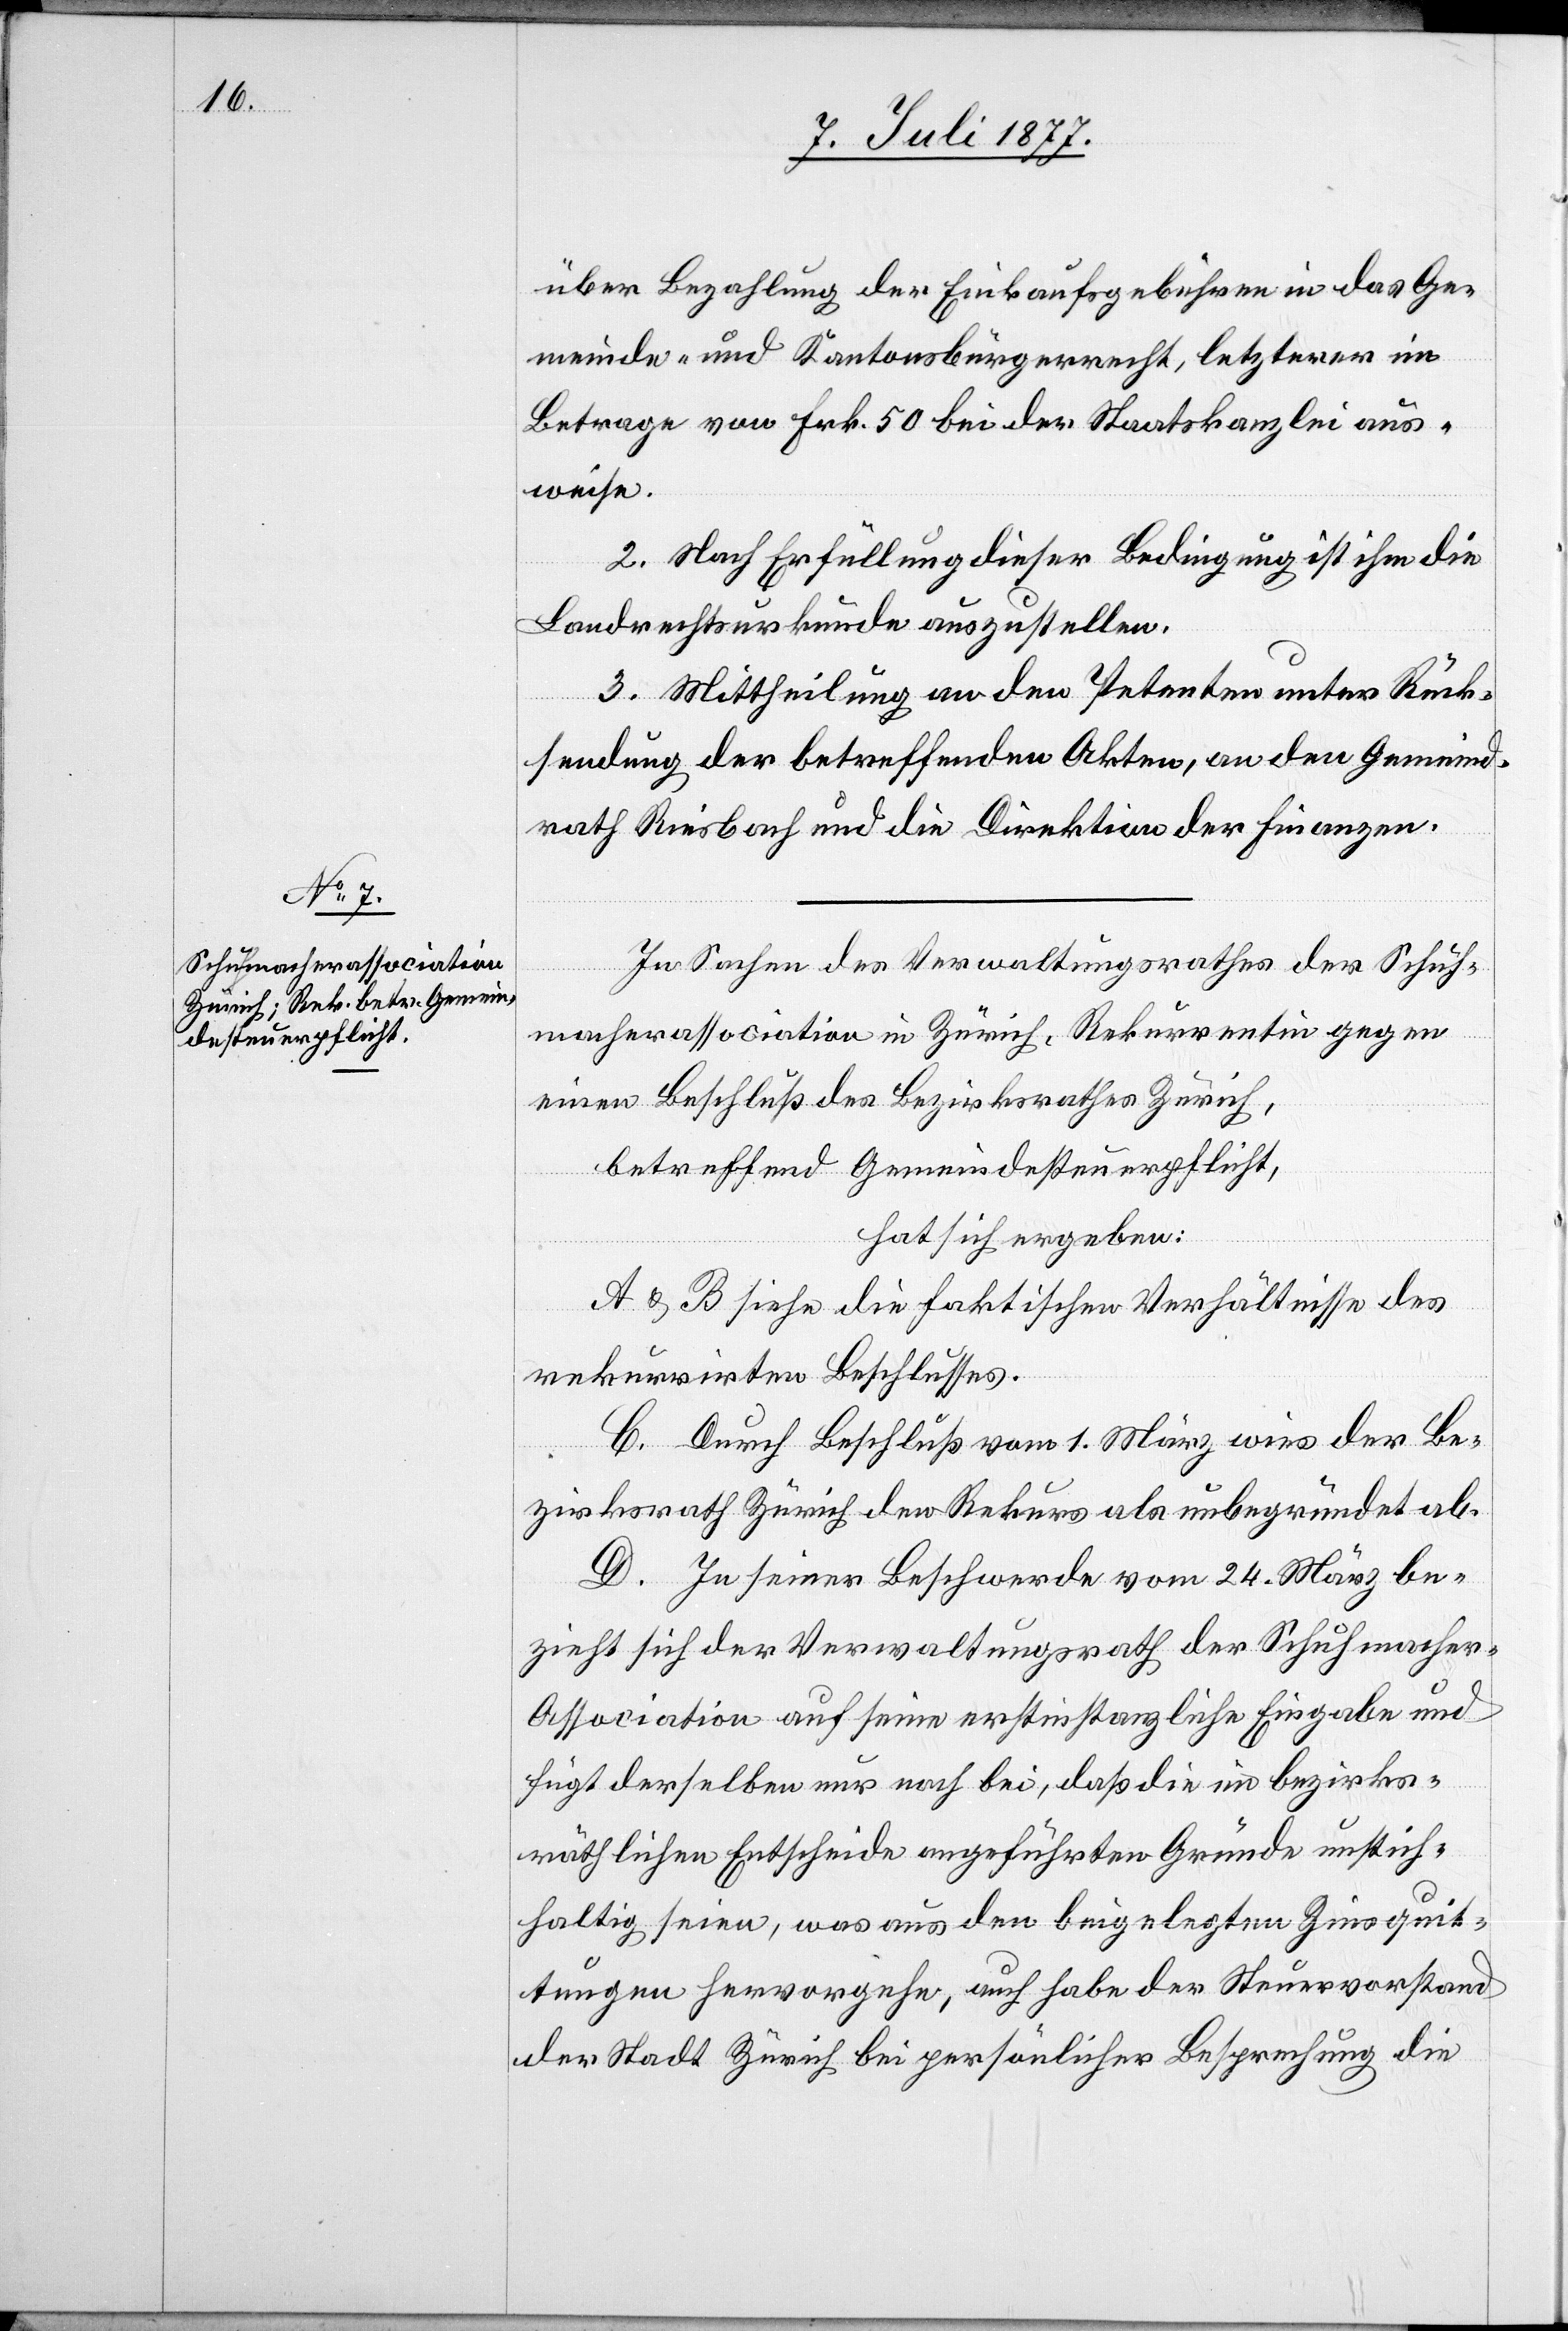
über Bezahlung der Einkaufsgebühren in das Ge¬
meinde- und Kantonsbürgerrecht, letzterer im
Betrage von Frk. 50 bei der Staatskanzlei aus¬
weise.
2. Nach Erfüllung dieser Bedingung ist ihm die
Landrechtsurkunde auszustellen.
3. Mittheilung an den Petenten unter Rück¬
sendung der betreffenden Akten, an den Gemeind¬
rath Riesbach und die Direktion der Finanzen.
In Sachen des Verwaltungsrathes der Schuh¬
macherassociation in Zürich, Rekurrentin gegen
einen Beschluß des Bezirksrathes Zürich,
betreffend Gemeindesteuerpflicht,
hat sich ergeben:
A & B siehe die faktischen Verhältnisse des
rekurrirten Beschlusses.
C. Durch Beschluß vom 1. März wies der Be¬
zirksrath Zürich den Rekurs als unbegründet ab.
D. In seiner Beschwerde vom 24. März be¬
zieht sich der Verwaltungsrath der Schuhmacher-A¬
ssociation auf seine erstinstanzliche Eingabe und
fügt derselben nur noch bei, daß die im bezirks¬
räthlichen Entscheide angeführten Gründe unstich¬
haltig seien, was aus den beigelegten Zinsquit¬
tungen hervorgehe, auch habe der Steuervorstand
der Stadt Zürich bei persönlicher Besprechung die